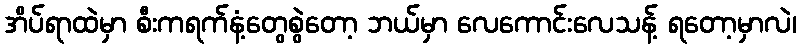
အိပ်ရာထဲမှာ စီးကရက်နံ့တွေစွဲတော့ ဘယ်မှာ လေကောင်းလေသန့် ရတော့မှာလဲ၊